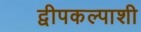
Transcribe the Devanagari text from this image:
द्वीपकल्पाशी